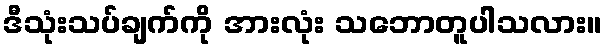
ဒီသုံးသပ်ချက်ကို အားလုံး သဘောတူပါသလား။